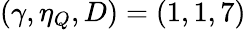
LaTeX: (\gamma,\eta_{Q},D)=(1,1,7)